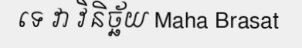
ទេ វា វិនិច្ឆ័យ Maha Brasat